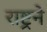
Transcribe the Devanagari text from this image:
राष्ट्रने